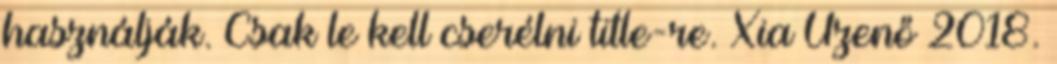
használják. Csak le kell cserélni title-re. Xia Üzenő 2018.